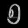
Digit: ၅